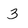
Character: 3